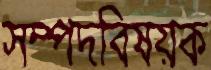
সম্পদবিষয়ক